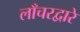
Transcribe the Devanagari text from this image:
लाँचरद्वारे